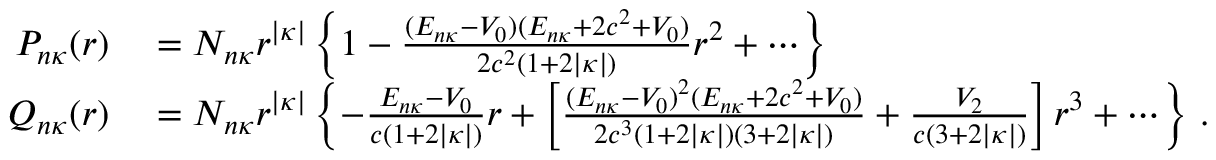
\begin{array} { r } { \begin{array} { r l } { P _ { n \kappa } ( r ) } & { { } = N _ { n \kappa } r ^ { | \kappa | } \left\{ 1 - \frac { ( E _ { n \kappa } - V _ { 0 } ) ( E _ { n \kappa } + 2 c ^ { 2 } + V _ { 0 } ) } { 2 c ^ { 2 } ( 1 + 2 | \kappa | ) } r ^ { 2 } + \cdots \right\} } \\ { Q _ { n \kappa } ( r ) } & { { } = N _ { n \kappa } r ^ { | \kappa | } \left\{ - \frac { E _ { n \kappa } - V _ { 0 } } { c ( 1 + 2 | \kappa | ) } r + \left[ \frac { ( E _ { n \kappa } - V _ { 0 } ) ^ { 2 } ( E _ { n \kappa } + 2 c ^ { 2 } + V _ { 0 } ) } { 2 c ^ { 3 } ( 1 + 2 | \kappa | ) ( 3 + 2 | \kappa | ) } + \frac { V _ { 2 } } { c ( 3 + 2 | \kappa | ) } \right] r ^ { 3 } + \cdots \right\} \, . } \end{array} } \end{array}